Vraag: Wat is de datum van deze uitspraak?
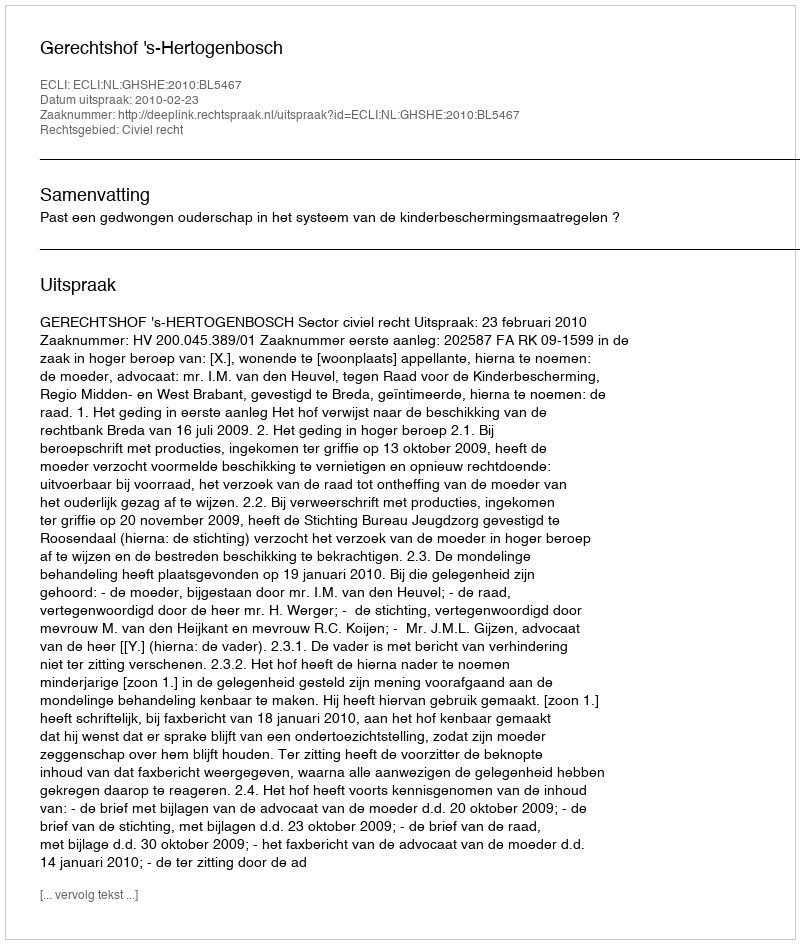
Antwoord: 2010-02-23